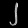
Digit: ၂